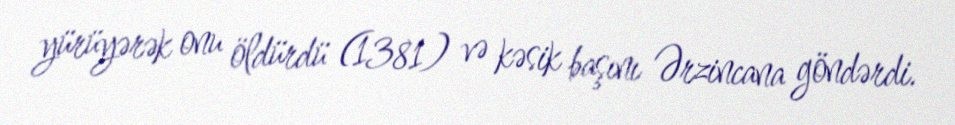
yürüyərək onu öldürdü (1381) və kəsik başını Ərzincana göndərdi.